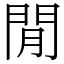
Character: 閒